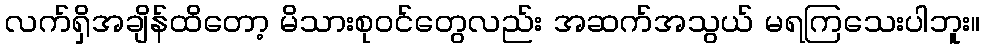
လက်ရှိအချိန်ထိတော့ မိသားစုဝင်တွေလည်း အဆက်အသွယ် မရကြသေးပါဘူး။